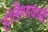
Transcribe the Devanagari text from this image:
हॉलैण्डवासी